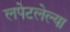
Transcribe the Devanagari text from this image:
लपेटलेल्या